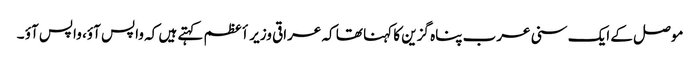
موصل کے ایک سنی عرب پناہ گزین کا کہنا تھا کہ عراقی وزیر أعظم کہتے ہیں کہ واپس آؤ، واپس آؤ ۔